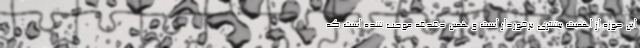
این حوزه از اهمیت بیشتری برخوردار است و همین دغدغه موجب شده است که